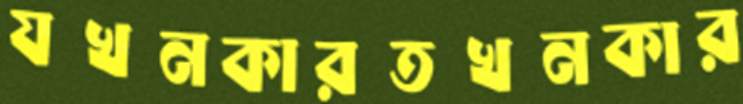
যখনকারতখনকার